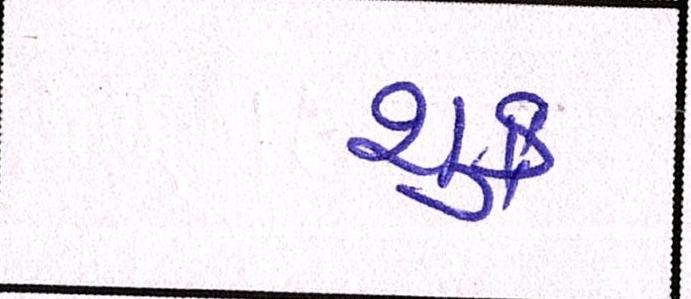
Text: શુક્ર